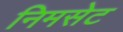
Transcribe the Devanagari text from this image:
निमसेट